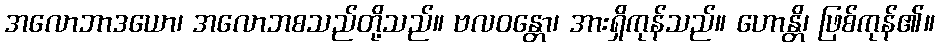
အလောဘာဒယော၊ အလောဘစသည်တို့သည်။ ဗလဝန္တော၊ အားရှိကုန်သည်။ ဟောန္တိ၊ ဖြစ်ကုန်၏။